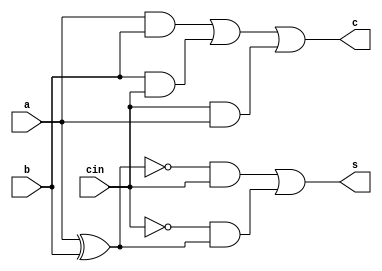
`timescale 1ns / 1ps
//////////////////////////////////////////////////////////////////////////////////
// Company: 
// Engineer: 
// 
// Design Name: 
// Module Name:    Full_Adder 
// Project Name: 
// Target Devices: 
// Tool versions: 
// Description: 
//
// Dependencies: 
//
// Revision: 
// Revision 0.01 - File Created
// Additional Comments: 
//
//////////////////////////////////////////////////////////////////////////////////

module Full_Adder(s,c,a,b,cin);
input a,b,cin;
output s,c;
wire w1,w2,w3,w4,w5,w6,w7,w8;
xnor g1(w1,a,b);
xor g2(w4,a,b);
and g3(w2,w1,cin);
not g4(w3,cin);
and g5(w5,w3,w4);
or g6(s,w2,w5);
and g7(w6,a,b);
and g8(w7,b,cin);
and g9(w8,cin,a);
or g10(c,w6,w7,w8);
endmodule